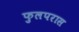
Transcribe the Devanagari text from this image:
फुलपरास